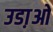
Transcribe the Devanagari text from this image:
उडा़ओ